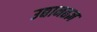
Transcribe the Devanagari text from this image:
उद्यानतज्ञ